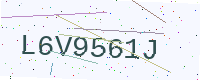
Text: L6V9561J